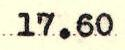
17.60